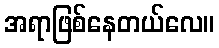
အရာဖြစ်နေတယ်လေ။